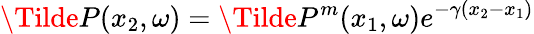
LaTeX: \Tilde{P}(x_{2},\omega)=\Tilde{P}^{m}(x_{1},\omega)e^{-\gamma(x_{2}-x_{1})}